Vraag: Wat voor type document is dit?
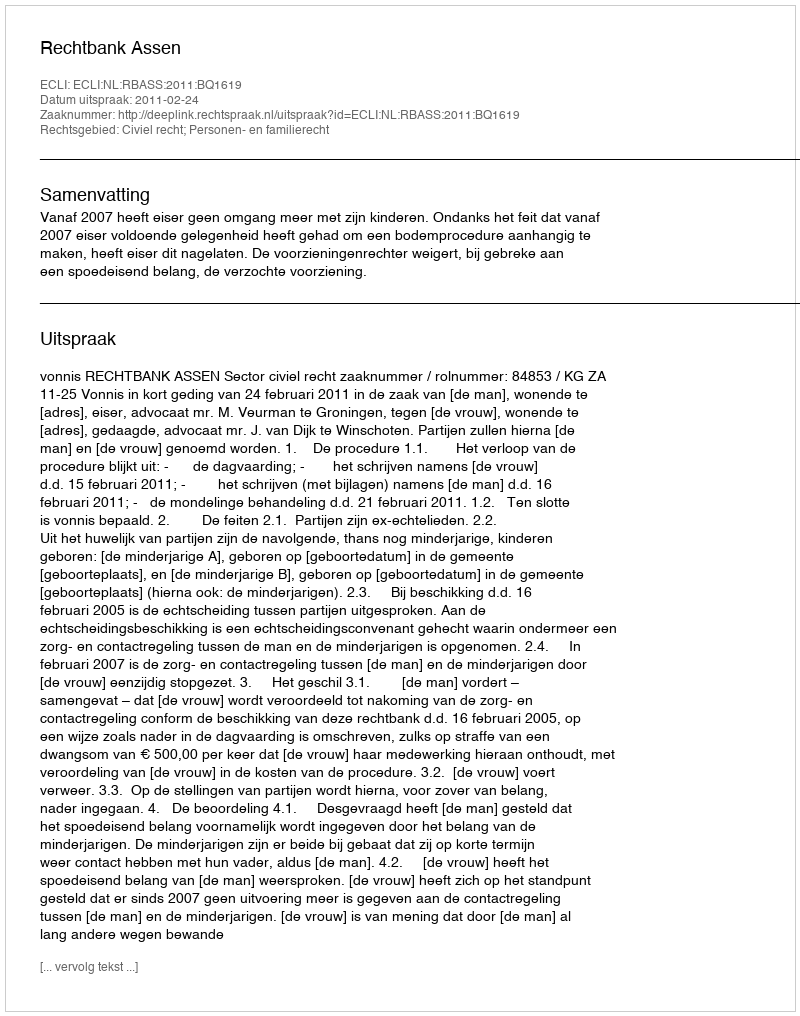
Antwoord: Uitspraak